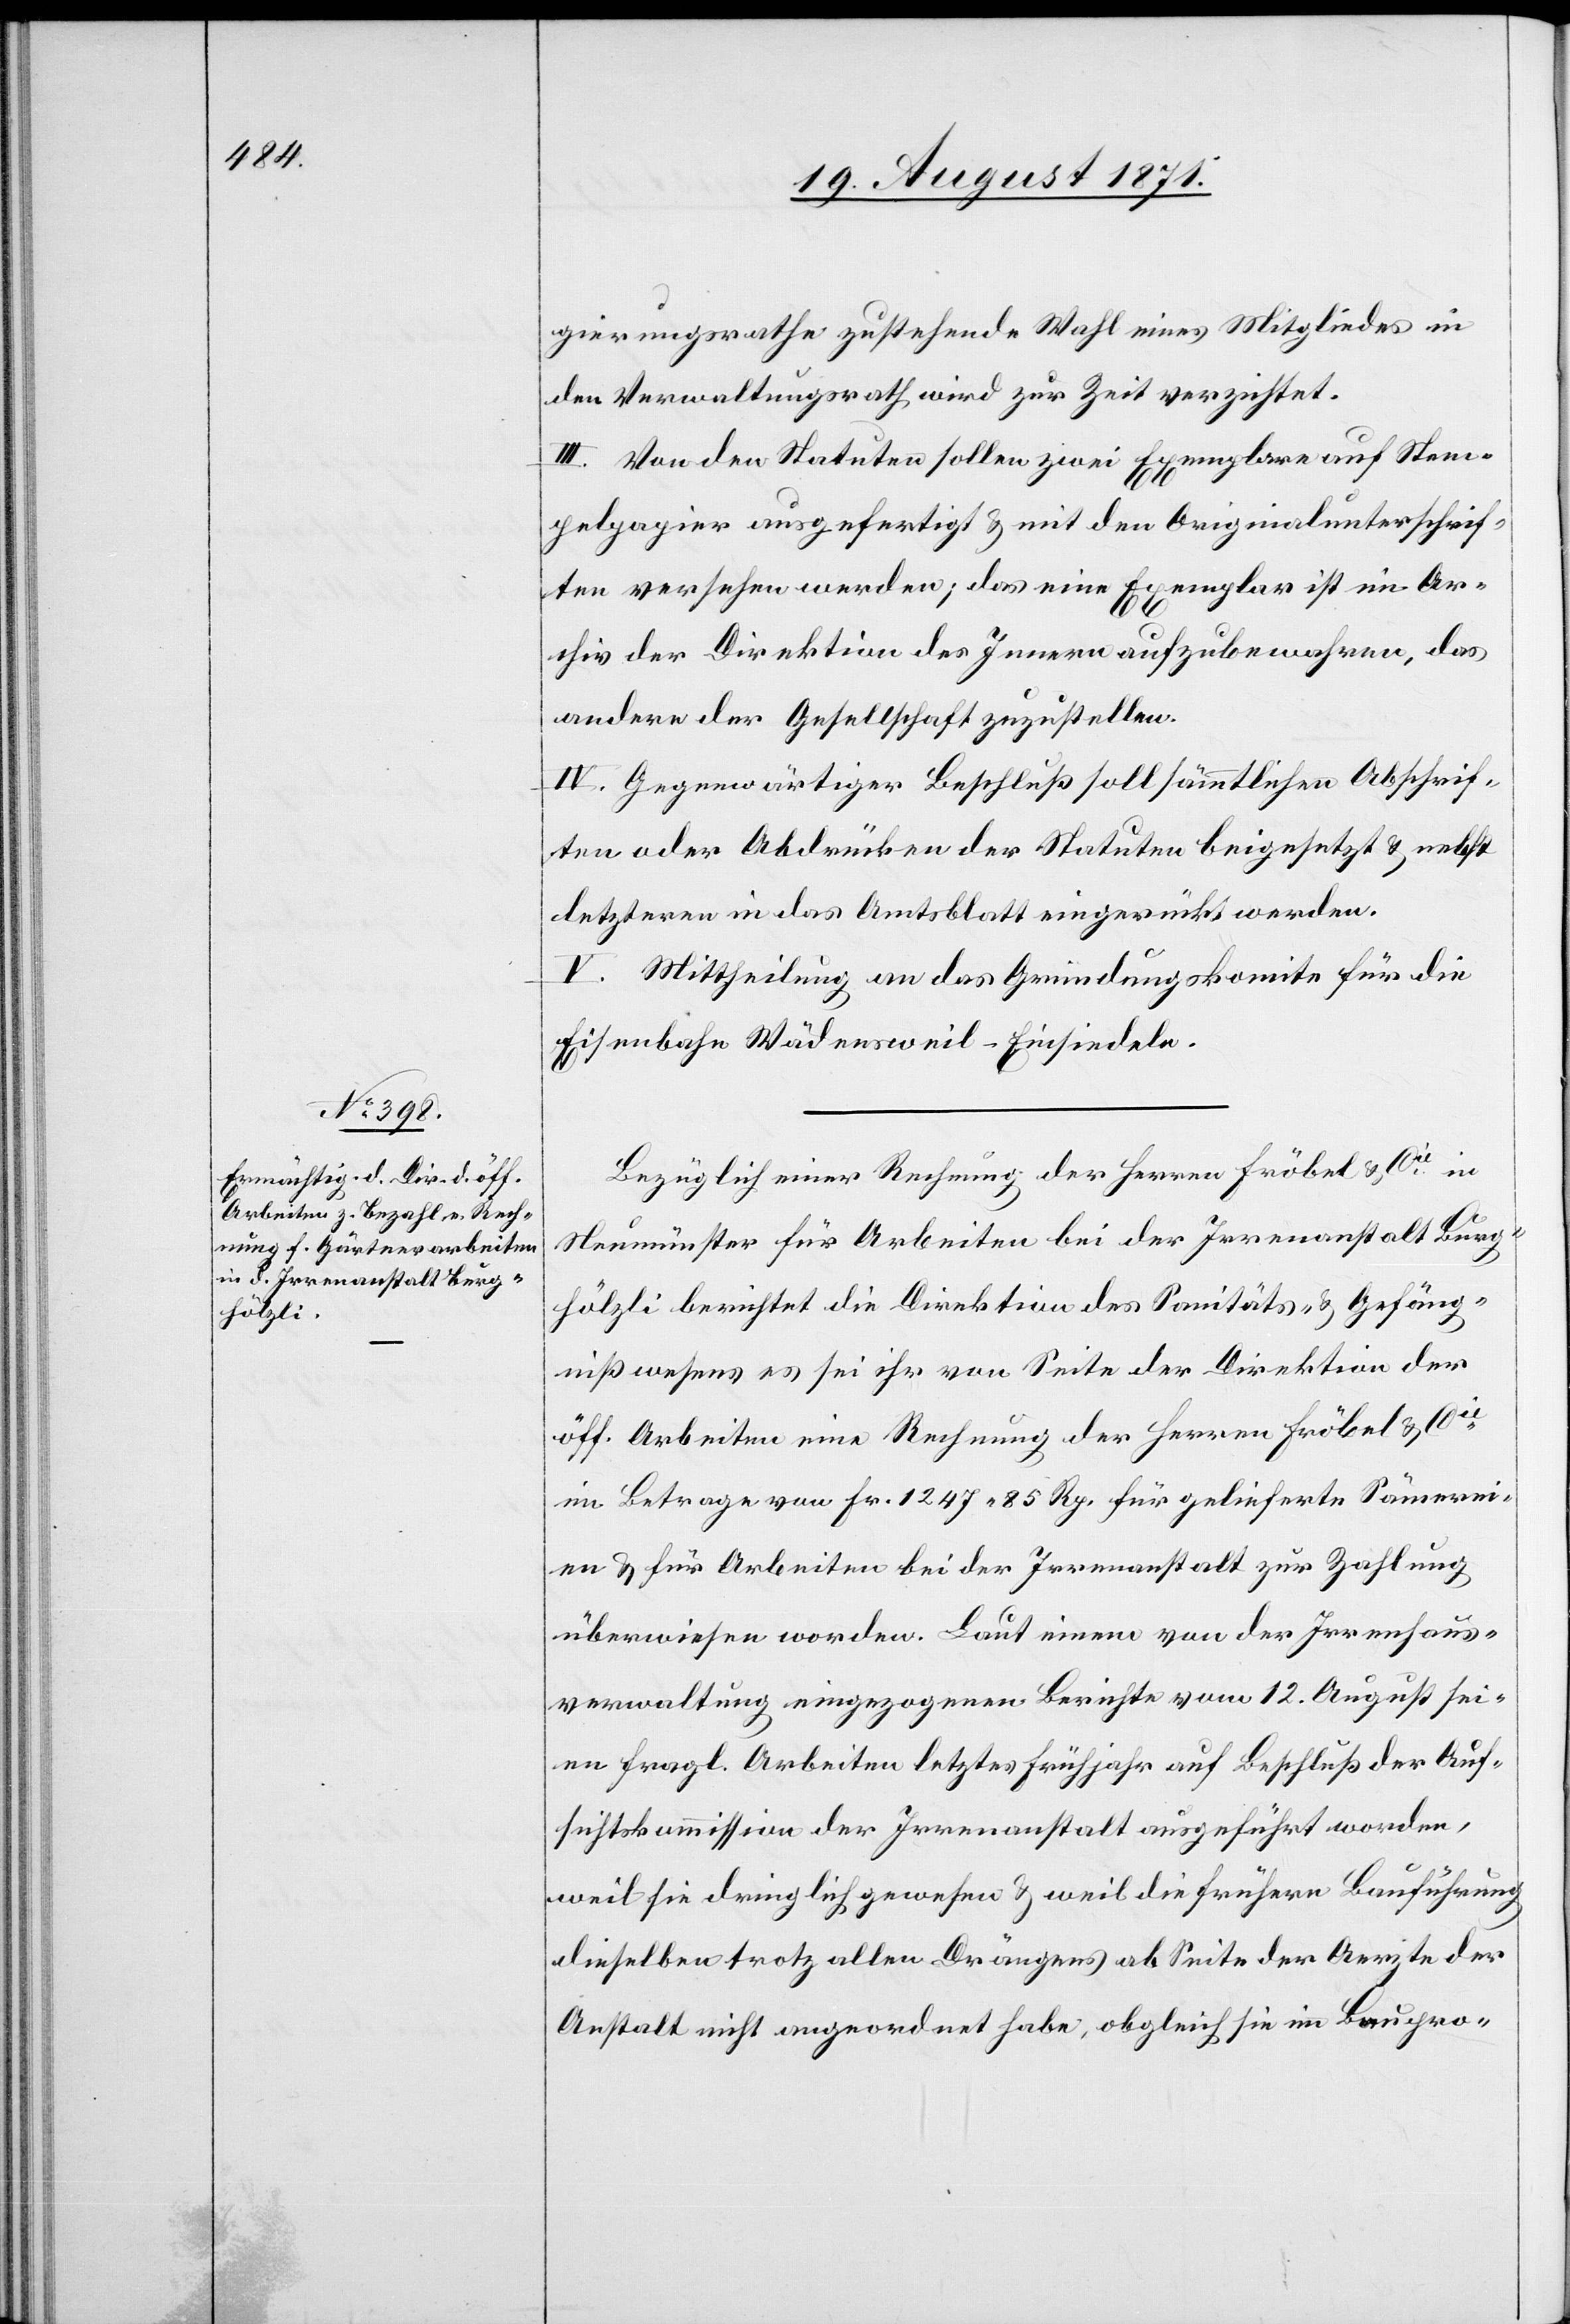
gierungsrathe zustehende Wahl eines Mitgliedes in
der Verwaltungsrath wird zur Zeit verzichtet.
III. Von den Statuten sollen zwei Exemplare auf Stem¬
pelpapiere ausgefertigt & mit den Originalunterschrif¬
ten versehen werden; das eine Exemplar ist im Ar¬
chiv der Direktion des Innern aufzubewahren, das
andere der Gesellschaft zuzustellen.
IV. Gegenwärtiger Beschluß soll sämmtlichen Abschrif¬
ten oder Abdrücken der Statuten beigesetzt & nebst
letzteren in das Amtsblatt eingerückt werden.
V. Mittheilung an das Gründungskomite für die
Eisenbahn Wädensweil–Einsiedeln.
Bezüglich einer Rechnung der Herren Fröbel & Cie in
Neumünster für Arbeiten bei der Irrenanstalt Burg¬
hölzli berichtet die Direktion des Sanitäts- und Gefäng¬
nißwesens es sei ihr von Seite der Direktion der
öff. Arbeiten eine Rechnung der Herren Fröbel & Cie
im Betrage von Fr. 1247 85 Rp. für gelieferte Sämerei¬
en & für Arbeiten bei der Irrenanstalt zur Zahlung
überwiesen worden. Laut einem von der Irrenhaus¬
verwaltung eingegangenen Berichte vom 12. August sei¬
en fragl. Arbeiten letztes Frühjahr ausgeführt worden,
weil sie dringlich gewesen & weil die frühere Bauführung
dieselben trotz allen Drängens ab Seite der Aerzte der
Anstalt nicht angeordnet habe, obgleich sie im Baupro-